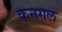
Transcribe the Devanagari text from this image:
कनगल